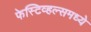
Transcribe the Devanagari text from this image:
फेस्टिव्हल्समध्ये